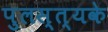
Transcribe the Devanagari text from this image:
पुलस्त्यके